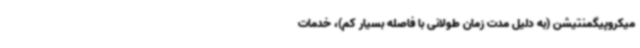
میکروپیگمنتیشن (به دلیل مدت زمان طولانی با فاصله بسیار کم)، خدمات